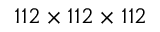
1 1 2 \times 1 1 2 \times 1 1 2